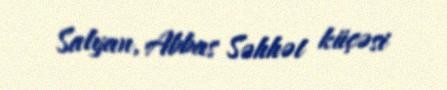
Salyan, Abbas Səhhət küçəsi